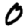
Digit: 0